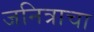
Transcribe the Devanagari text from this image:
जनित्राचा